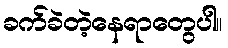
ခက်ခဲတဲ့နေရာတွေပါ။